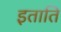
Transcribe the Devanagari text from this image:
इताति